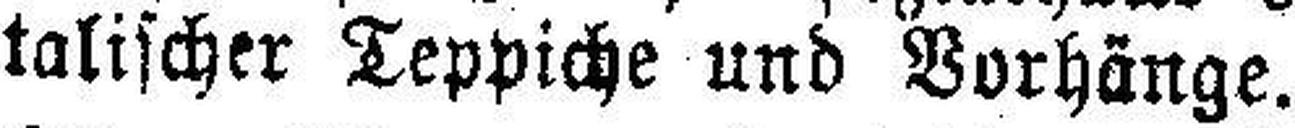
talischer Teppiche und Vorhänge.